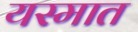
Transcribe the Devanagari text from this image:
यस्मात